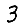
Digit: 3